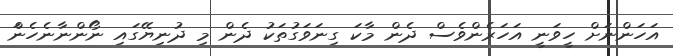
އަހަންނަށް ހީވަނީ އަހަރެންވެސް ދެން މާކަ ގިނަވަގުތަކު ދެން މި ދުނިޔޭގައި ނޯންނާނެހެންަ